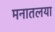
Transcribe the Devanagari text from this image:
मनातलया